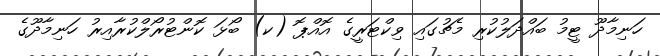
ހަނިމާދޫ ޓީމު ބައްދަލުކުރި މެޗުގައި ވިކްޓަރީގެ އޮއްޕޮ (ކ) ބޯޅަ ކޮންޓުރޯލްކުރާއިރު ހަނިމާދޫގެ